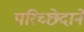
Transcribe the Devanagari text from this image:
परिच्छेदाने